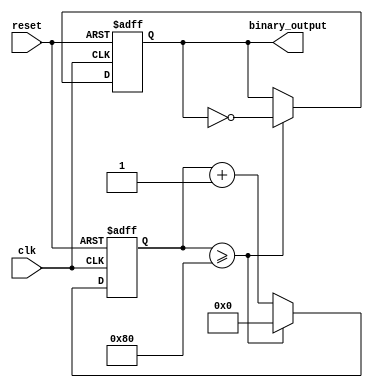
module clock_divider(
    input wire clk,
    input wire reset,
    output reg binary_output
);

reg [7:0] counter;
parameter threshold = 128; // adjustable threshold for clock division

always @(posedge clk or posedge reset) begin
    if (reset) begin
        counter <= 8'd0;
        binary_output <= 1'b0;
    end else begin
        counter <= counter + 1;
        if (counter >= threshold) begin
            binary_output <= ~binary_output;
            counter <= 8'd0;
        end
    end
end

endmodule